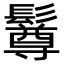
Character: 𩯄